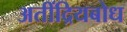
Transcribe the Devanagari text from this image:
अतींद्रियबोध